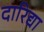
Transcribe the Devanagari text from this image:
दारिद्या